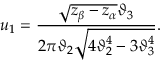
u _ { 1 } = { \frac { \sqrt { z _ { \beta } - z _ { \alpha } } \vartheta _ { 3 } } { 2 \pi \vartheta _ { 2 } \sqrt { 4 \vartheta _ { 2 } ^ { 4 } - 3 \vartheta _ { 3 } ^ { 4 } } } } .